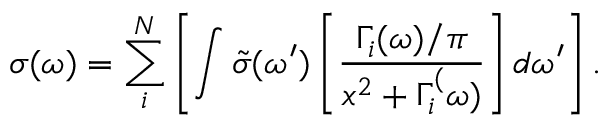
\sigma ( \omega ) = \sum _ { i } ^ { N } \left[ \int \tilde { \sigma } ( \omega ^ { \prime } ) \left[ \frac { \Gamma _ { i } ( \omega ) / \pi } { x ^ { 2 } + \Gamma _ { i } ^ { ( } \omega ) } \right] d \omega ^ { \prime } \right] .